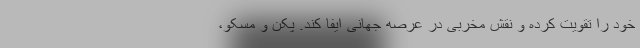
خود را تقویت کرده و نقش مخربی در عرصه جهانی ایفا کند. پکن و مسکو،